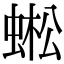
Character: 蜙